Preliminary report on a parasite found in persons suffering from enlargement of the spleen in India - Number 8
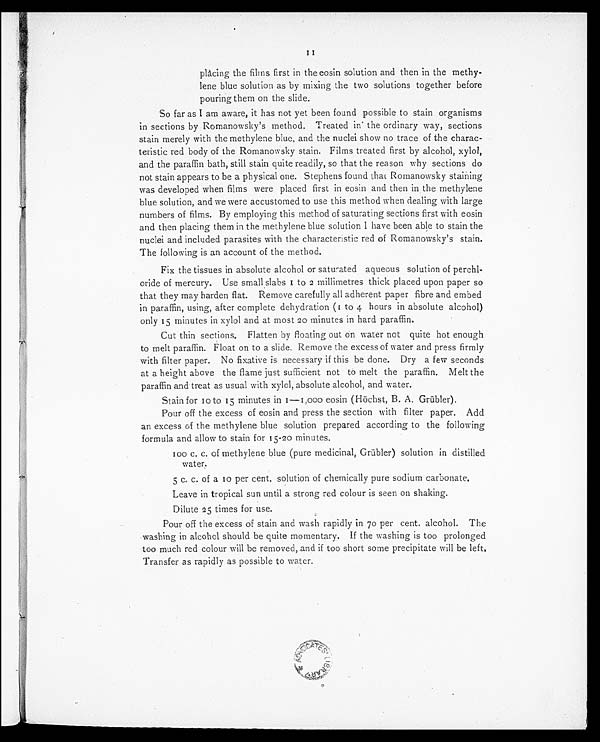
placing the films first in the eosin solution and then in the methy-
lene blue solution as by mixing the two solutions together before
pouring them on the slide.
So far as I am aware, it has not yet been found possible to stain organisms
in sections by Romanowsky's method. Treated in the ordinary way, sections
stain merely with the methylene blue, and the nuclei show no trace of the charac--
teristic red body of the Romanowsky stain. Films treated first by alcohol, xylol,
and the paraffin bath, still stain quite readily, so that the reason why sections do
not stain appears to be a physical one. Stephens found that Romanowsky staining
was developed when films were placed first in eosin and then in the methylene
blue solution, and we were accustomed to use this method when dealing with large
numbers of films. By employing this method of saturating sections first with eosin
and then placing them in the methylene blue solution I have been able to stain the
nuclei and included parasites with the characteristic red of Romanowsky's stain.
The following is an account of the method.
Fix the tissues in absolute alcohol or saturated aqueous solution of perchl--
oride of mercury. Use small slabs I to 2 millimetres thick placed upon paper so
that they may harden flat. Remove carefully all adherent paper fibre and embed
in paraffin, using, after complete dehydration (1 to 4 hours in absolute alcohol)
only 15 minutes in xylol and at most 20 minutes in hard paraffin.
Cut thin sections. Flatten by floating out on water not quite hot enough
to melt paraffin. Float on to a slide. Remove the excess of water and press firmly
with filter paper. No fixative is necessary if this be done. Dry a few seconds
at a height above the flame just sufficient not to melt the paraffin. Melt the
paraffin and treat as usual with xylol, absolute alcohol, and water.
Stain for 10 to 15 minutes in 1—1,000 eosin (Höchst, B. A. Grübler).
Pour off the excess of eosin and press the section with filter paper. Add
an excess of the methylene blue solution prepared according to the following
formula and allow to stain for 15-20 minutes.
1 0 0 c . c . o f m e t h y l e n e b l u e ( p u r e m e d i c i n a l , G r ü b l e r ) s o l u t i o n i n d i s t i l l e d
water.
5 c. c. of a 10 per cent. solution of chemically pure sodium carbonate.
Leave in tropical sun until a strong red colour is seen on shaking.
Dilute 25 times for use.
Pour off the excess of stain and wash rapidly in 70 per cent. alcohol. The
washing in alcohol should be quite momentary. If the washing is too prolonged
too much red colour will be removed, and if too short some precipitate will be left,
Transfer as rapidly as possible to water.